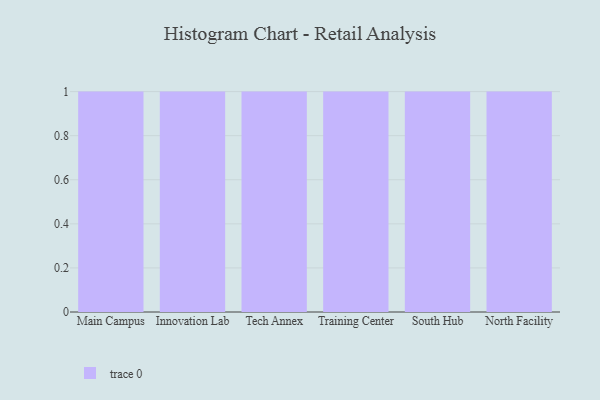
{"axis": {"x": "Campus", "y": "Inventory Turnover"}, "legend": [""], "data": [{"x": "Main Campus", "y": 8, "type": ""}, {"x": "Innovation Lab", "y": 66, "type": ""}, {"x": "Tech Annex", "y": 29, "type": ""}, {"x": "Training Center", "y": 13, "type": ""}, {"x": "South Hub", "y": 93, "type": ""}, {"x": "North Facility", "y": 65, "type": ""}]}